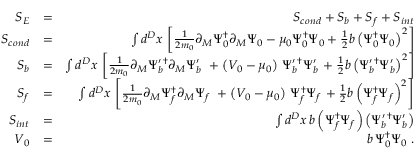
\begin{array} { r l r } { S _ { E } } & { = } & { S _ { c o n d } + S _ { b } + S _ { f } + S _ { i n t } } \\ { S _ { c o n d } } & { = } & { \int d ^ { D } x \, \left[ \frac { 1 } { 2 m _ { 0 } } \partial _ { M } \Psi _ { 0 } ^ { \dagger } \partial _ { M } \Psi _ { 0 } - \mu _ { 0 } \Psi _ { 0 } ^ { \dagger } \Psi _ { 0 } + \frac { 1 } { 2 } b \left( \Psi _ { 0 } ^ { \dagger } \Psi _ { 0 } \right) ^ { 2 } \right] } \\ { S _ { b } } & { = } & { \int d ^ { D } x \, \left[ \frac { 1 } { 2 m _ { 0 } } \partial _ { M } \Psi _ { b } ^ { \prime \, \dagger } \partial _ { M } \Psi _ { b } ^ { \prime } \, \, + \left( V _ { 0 } - \mu _ { 0 } \right) \, \Psi _ { b } ^ { \prime \, \dagger } \Psi _ { b } ^ { \prime } \, + \frac { 1 } { 2 } b \left( \Psi _ { b } ^ { \prime \, \dagger } \Psi _ { b } ^ { \prime } \right) ^ { 2 } \right] } \\ { S _ { f } } & { = } & { \int d ^ { D } x \, \left[ \frac { 1 } { 2 m _ { 0 } } \partial _ { M } \Psi _ { f } ^ { \dagger } \partial _ { M } \Psi _ { f } \, \, + \left( V _ { 0 } - \mu _ { 0 } \right) \, \Psi _ { f } ^ { \dagger } \Psi _ { f } \, + \frac { 1 } { 2 } b \left( \Psi _ { f } ^ { \dagger } \Psi _ { f } \right) ^ { 2 } \right] } \\ { S _ { i n t } } & { = } & { \int d ^ { D } x \, b \left( \Psi _ { f } ^ { \dagger } \Psi _ { f } \right) \left( \Psi _ { b } ^ { \prime \, \dagger } \Psi _ { b } ^ { \prime } \right) } \\ { V _ { 0 } } & { = } & { b \, \Psi _ { 0 } ^ { \dagger } \Psi _ { 0 } \; . } \end{array}